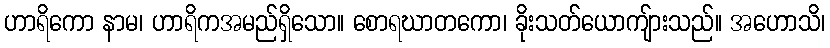
ဟာရိကော နာမ၊ ဟာရိကအမည်ရှိသော။ စောရဃာတကော၊ ခိုးသတ်ယောကျ်ားသည်။ အဟောသိ၊